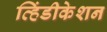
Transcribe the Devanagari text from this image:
व्हिंडीकेशन